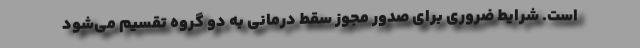
است. شرایط ضروری برای صدور مجوز سقط درمانی به دو گروه تقسیم می‌شود